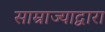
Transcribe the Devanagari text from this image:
साम्राज्याद्वारा